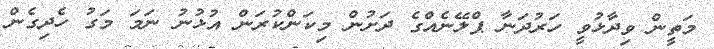
މަތީން ވިދާޅުވީ ހަރުދަނާ ޕްލޭނެއްގެ ދަށުން މިކަންކުރަން އުޅުނު ނަމަ މަގު ހެދިގެން